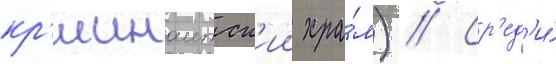
кр'ишнаитск'ии хра́м) // Ср'ед'и́